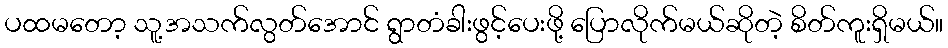
ပထမတော့ သူ့အသက်လွတ်အောင် ရွာတံခါးဖွင့်ပေးဖို့ ပြောလိုက်မယ်ဆိုတဲ့ စိတ်ကူးရှိမယ်။